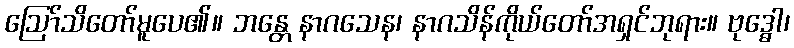
ဩော်သိတော်မူပေ၏။ ဘန္တေ နာဂသေန၊ နာဂသိန်ကိုယ်တော်အရှင်ဘုရား။ ဗုဒ္ဓေါ၊